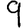
Digit: 9